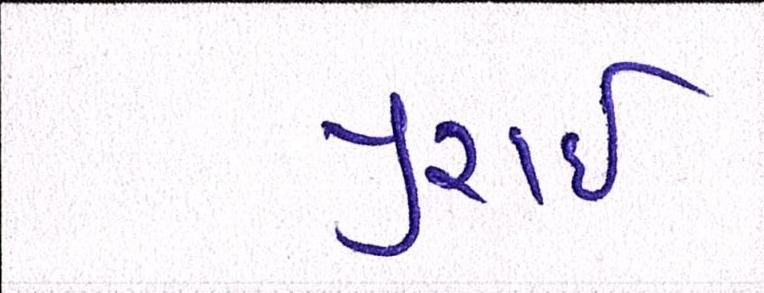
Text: પુરાઈ